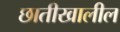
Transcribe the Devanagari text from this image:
छातीखालील